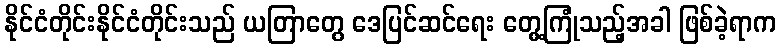
နိုင်ငံတိုင်းနိုင်ငံတိုင်းသည် ယတြာတွေ ဒေပြင်ဆင်ရေး တွေ့ကြုံသည့်အခါ ဖြစ်ခဲ့ရာက